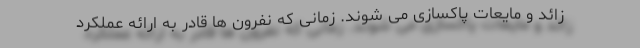
زائد و مایعات پاکسازی می شوند. زمانی که نفرون ها قادر به ارائه عملکرد